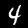
Label: 4